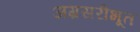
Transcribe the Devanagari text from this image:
अग्रसरीभूत